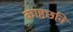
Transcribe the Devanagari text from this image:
काष्ठछवि